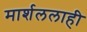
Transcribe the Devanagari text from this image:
मार्शललाही